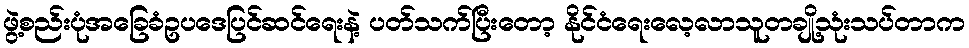
ဖွဲ့စည်းပုံအခြေခံဥပဒေပြင်ဆင်ရေးနဲ့ ပတ်သက်ပြီးတော့ နိုင်ငံရေးလေ့လာသူတချို့သုံးသပ်တာက